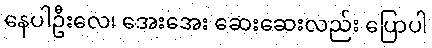
နေပါဦးလေ၊ အေးအေး ဆေးဆေးလည်း ပြောပါ